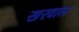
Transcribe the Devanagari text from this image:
खरवाल